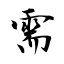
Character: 需